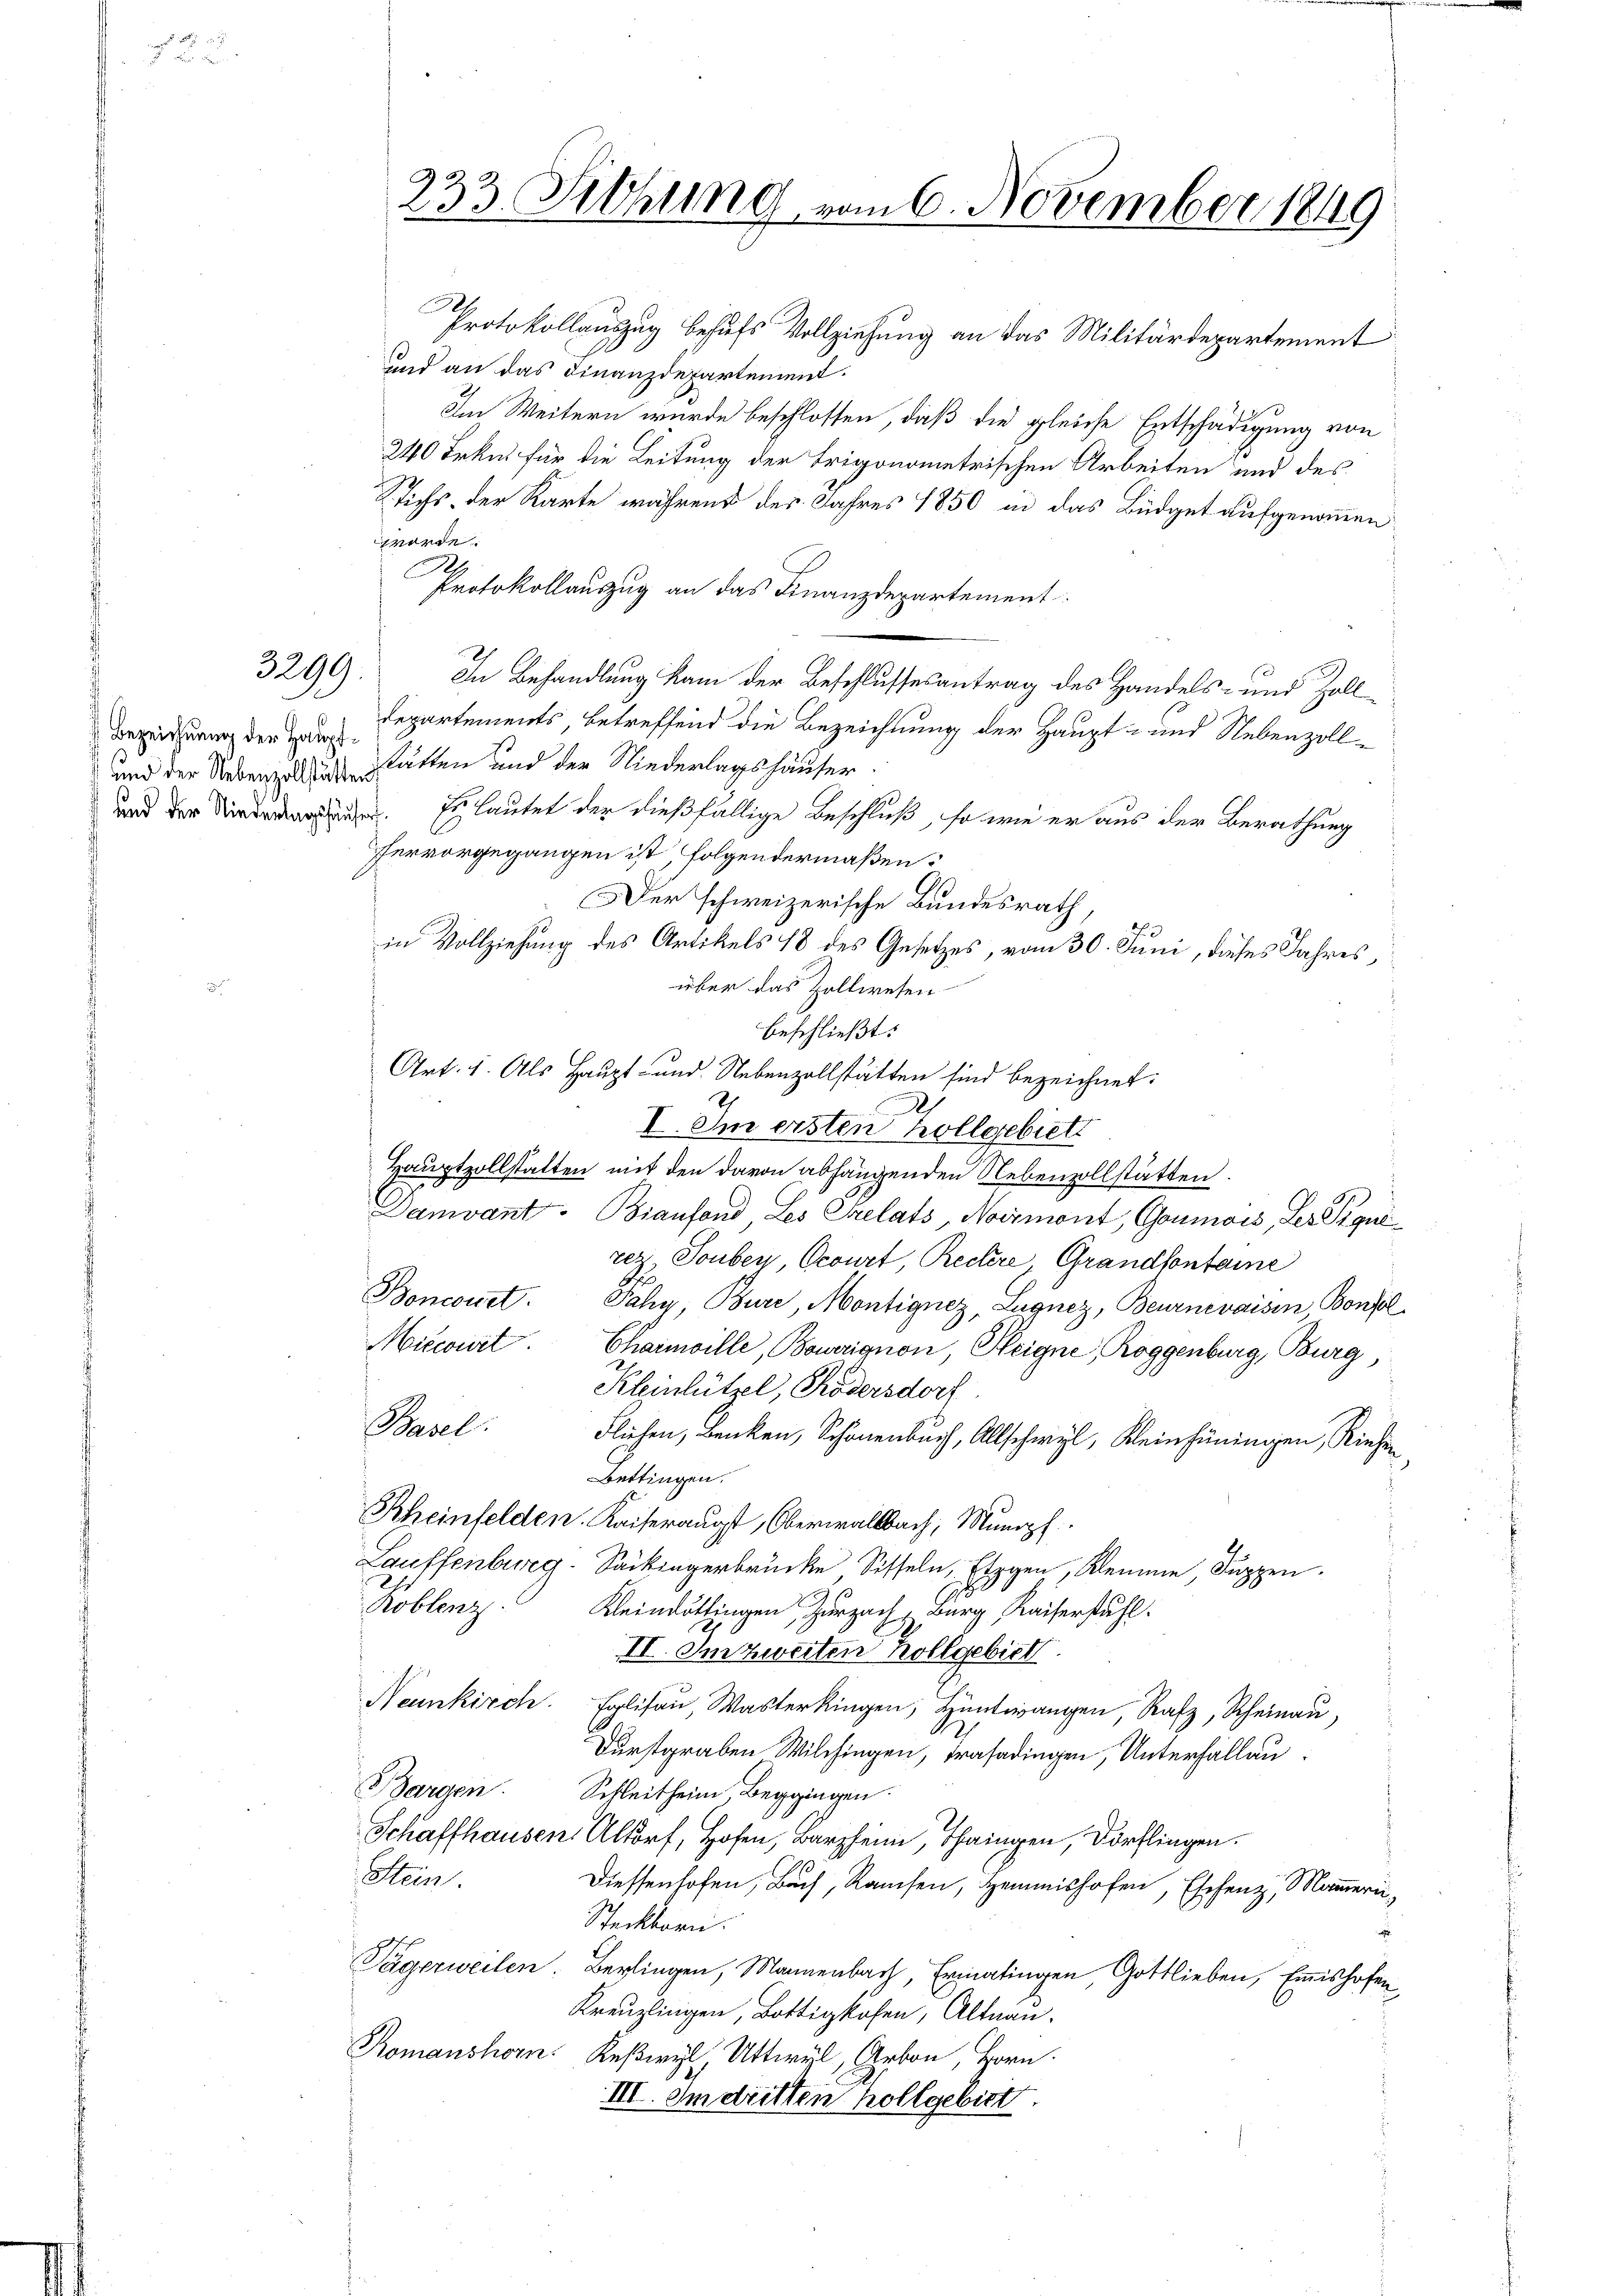
3299.

Bezeichnung der Haupt¬

233. Fethung vom 6. November 1849

Protokollauszug behufs Vollziehung an das Militärdepartement
und an das Finanzdepartement.
Im Weitern wurde beschlossen, daß die gleiche Entschädigung von
240 Frkn. für die Leitung der trigonometrischen Arbeiten und des
Stichs, der Karte während des Jahres 1850 in das Büdget aufgenommen
worde.
.
Protokollauszug an das Finanzdepartement
In Behandlung kam der Beschlussesantrag des Handels- und Zoll
Departements, betreffend die Bezeichnung der Haupt- und Nebenzoll¬
und der Nebenzolling statten und der Niederlagshäuser
und der . Es lautet der dießfällige Beschluß, so wie er aus der Berathung
hervorgegangen ist folgendermaßen.
Der schweizerische Bundesrath
in Vollziehung des Artikels 18 des Gesetzes, vom 30. Juni, dieses Jahres
über das Zollwesen
beschließt:
Art. 1. Als Haupt- und Nebenzollstätten sind bezeichnet:
.
I. Im ersten hollgebiett
Hauptzollstatten mit den davon abhängenden Nebenzollstätten.
Damvant. Bianfond, Les relats, Normont, Goumois, Les Piquirez. Touber, Ocourt, Rectere, Grandfontaine
Bonconet. Jahr Bure, Montignez, Lugnez, Beurnevaisen, Bonfol
Miccowit. Charmoille, Bowerignon, Heigne, Roggenburg, Burg,
Kleinlützel, Rödersdorf
Basel. Fliehen, Benken, Schönenbuch, Allschwyl, Kleinhüningen, Riehen
Bettingen.
Rheinfelden. Kaiseraugst, Oberwaltbach, Munopf
Lauffenburg-Sackingerbrücke Sisseln, Eigen, Kleine, Suppen.
Roblenz
Kleinettingen Zurzach Burg, Kaiserstuhl.
II. Im zweiten Kollgebiet
Neunkirch. Eglisaŭ, Wasterkingen, Hüntwangen, Rafz, Rheinau,
Durstgraben Wilchingen, Trasadingen, Unterhallau¬
Bargen. Schleitheim, Beggingen.
Schaffhausen Altorf, Hofen, Barzheim, Thaingen, Dorflingen.
Stein.
Diessenhofen, Buch, Ramsen, Zemmishofen, Eschenz, Mam̅eri¬
Steckborn.
Tägerweilen. Berlingen, Mannenbach, Ermatingen, Gottlieben, Emishofen
Kreuzlingen, Bottigkofen, Altnau.
Romanshorn. Keßwyl, Uttwyl, Arbon, Horn.
III. Im dritten hollgebiet.